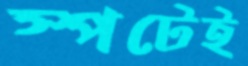
স্পটেই